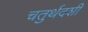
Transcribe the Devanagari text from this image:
चतुर्थदशी